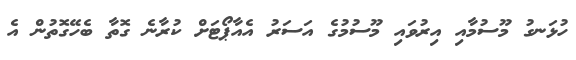
ހުޅަނގު މޫސުމާއި އިރުވައި މޫސުމުގެ އަސަރު އެއާޕޯޓަށް ކުރާނެ ގޮތާ ބެހޭގޮތުން އެ